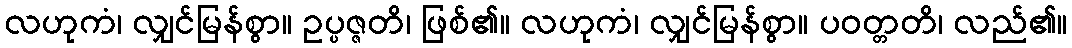
လဟုကံ၊ လျှင်မြန်စွာ။ ဥပ္ပဇ္ဇတိ၊ ဖြစ်၏။ လဟုကံ၊ လျှင်မြန်စွာ။ ပဝတ္တတိ၊ လည်၏။